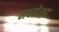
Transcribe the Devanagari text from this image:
मदनेशद